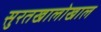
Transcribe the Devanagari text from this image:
सुरतखालोखाल